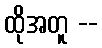
ထိုအတူ --